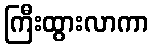
ကြီးထွားလာကာ